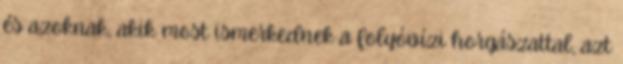
és azoknak, akik most ismerkednek a folyóvízi horgászattal, azt